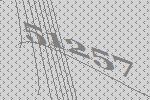
51257